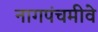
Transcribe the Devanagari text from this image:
नागपंचमीवे